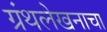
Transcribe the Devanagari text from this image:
ग्रंथलेखनाचा